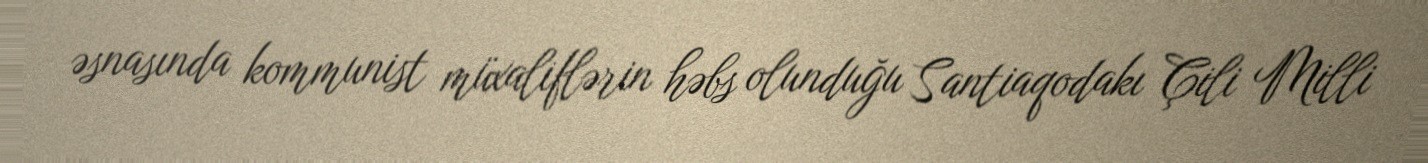
əsnasında kommunist müxaliflərin həbs olunduğu Santiaqodakı Çili Milli